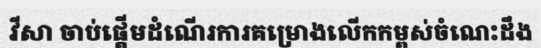
វីសា ចាប់ផ្តើមដំណើរការគម្រោងលើកកម្ពស់ចំណេះដឹង